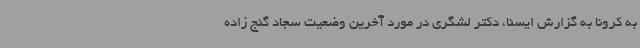
به کرونا به گزارش ایسنا، دکتر لشگری در مورد آخرین وضعیت سجاد گنج زاده